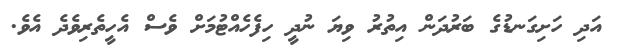
އަދި ހަށިގަނޑުގެ ބަރުދަން އިތުރު ވިޔަ ނުދީ ހިފެހެއްޓުމަށް ވެސް އެހީތެރިވެދެ އެވެ.